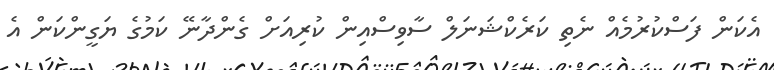
އެކަން ފަސްކުރުމެއް ނެތި ކަރެކްޝަނަލް ސާވިސްއިން ކުރިއަށް ގެންދާނޭ ކަމުގެ ޔަގީންކަން އެ